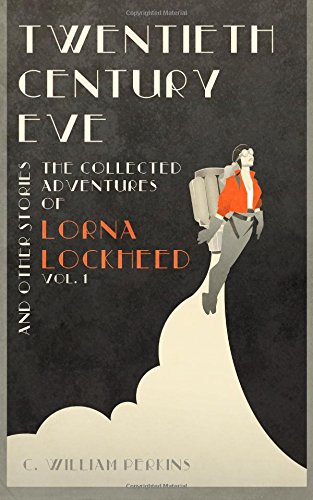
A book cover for Twentieth Century Eve: And Other Stories (The Collected Adventures of Lorna Lockheed) (Volume 1); C William Perkins; Science Fiction & Fantasy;